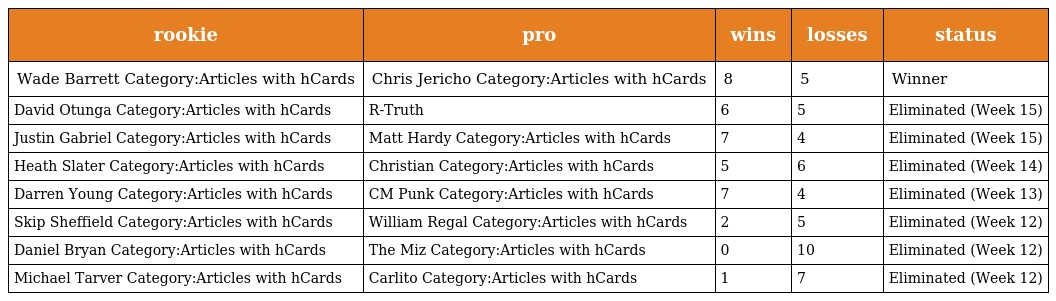
| rookie | pro | wins | losses | status |
 | --- | --- | --- | --- | --- |
 | Wade Barrett Category:Articles with hCards | Chris Jericho Category:Articles with hCards | 8 | 5 | Winner |
 | David Otunga Category:Articles with hCards | R-Truth | 6 | 5 | Eliminated (Week 15) |
 | Justin Gabriel Category:Articles with hCards | Matt Hardy Category:Articles with hCards | 7 | 4 | Eliminated (Week 15) |
 | Heath Slater Category:Articles with hCards | Christian Category:Articles with hCards | 5 | 6 | Eliminated (Week 14) |
 | Darren Young Category:Articles with hCards | CM Punk Category:Articles with hCards | 7 | 4 | Eliminated (Week 13) |
 | Skip Sheffield Category:Articles with hCards | William Regal Category:Articles with hCards | 2 | 5 | Eliminated (Week 12) |
 | Daniel Bryan Category:Articles with hCards | The Miz Category:Articles with hCards | 0 | 10 | Eliminated (Week 12) |
 | Michael Tarver Category:Articles with hCards | Carlito Category:Articles with hCards | 1 | 7 | Eliminated (Week 12) |